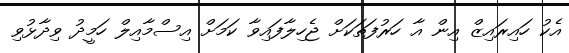
އެކު ހައިރައިޒް އިން އާ ހަރުފަތަކަށް ޖެހިލާފައިވާ ކަމަށް އިސްމާއިލް ހަމީދު ވިދާޅުވި